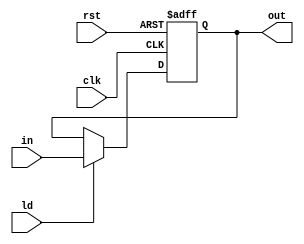
`timescale 1ns/1ns

module Register #(parameter N = 8) (input clk, rst, ld, input[N-1:0] in, output reg[N-1:0] out);
	always @(posedge clk, posedge rst) begin
		if (rst) 
			out <= 0;
		else if (ld) 
			out <= in;
	end
endmodule